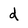
Character: d